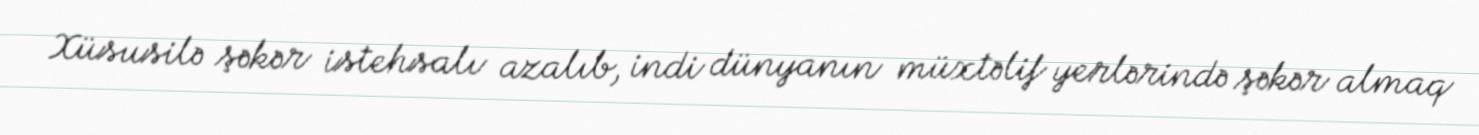
Xüsusilə şəkər istehsalı azalıb, indi dünyanın müxtəlif yerlərində şəkər almaq